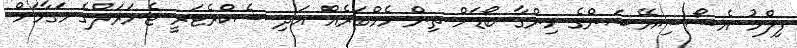
ފިލްމު އެސޯސިއޭޝަންގެ ހިންގާ ބޯޑަށް ތިން މެމްބަރެއް އަދި ސެކްރެޓަރީ ޖެނަރަލްގެ މަގާމަށް